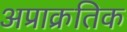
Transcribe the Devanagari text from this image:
अप्राक्रतिक